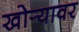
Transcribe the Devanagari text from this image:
खोर्‍यावर